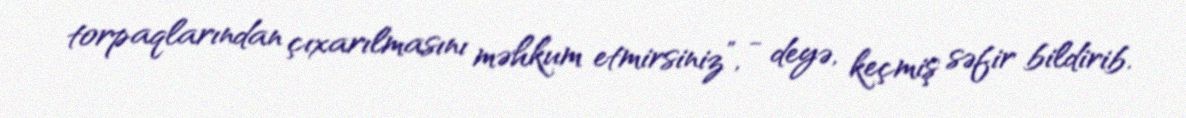
torpaqlarından çıxarılmasını məhkum etmirsiniz”, - deyə, keçmiş səfir bildirib.